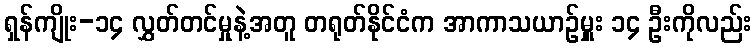
ရှန်ကျိုး-၁၄ လွှတ်တင်မှုနဲ့အတူ တရုတ်နိုင်ငံက အာကာသယာဉ်မှူး ၁၄ ဦးကိုလည်း